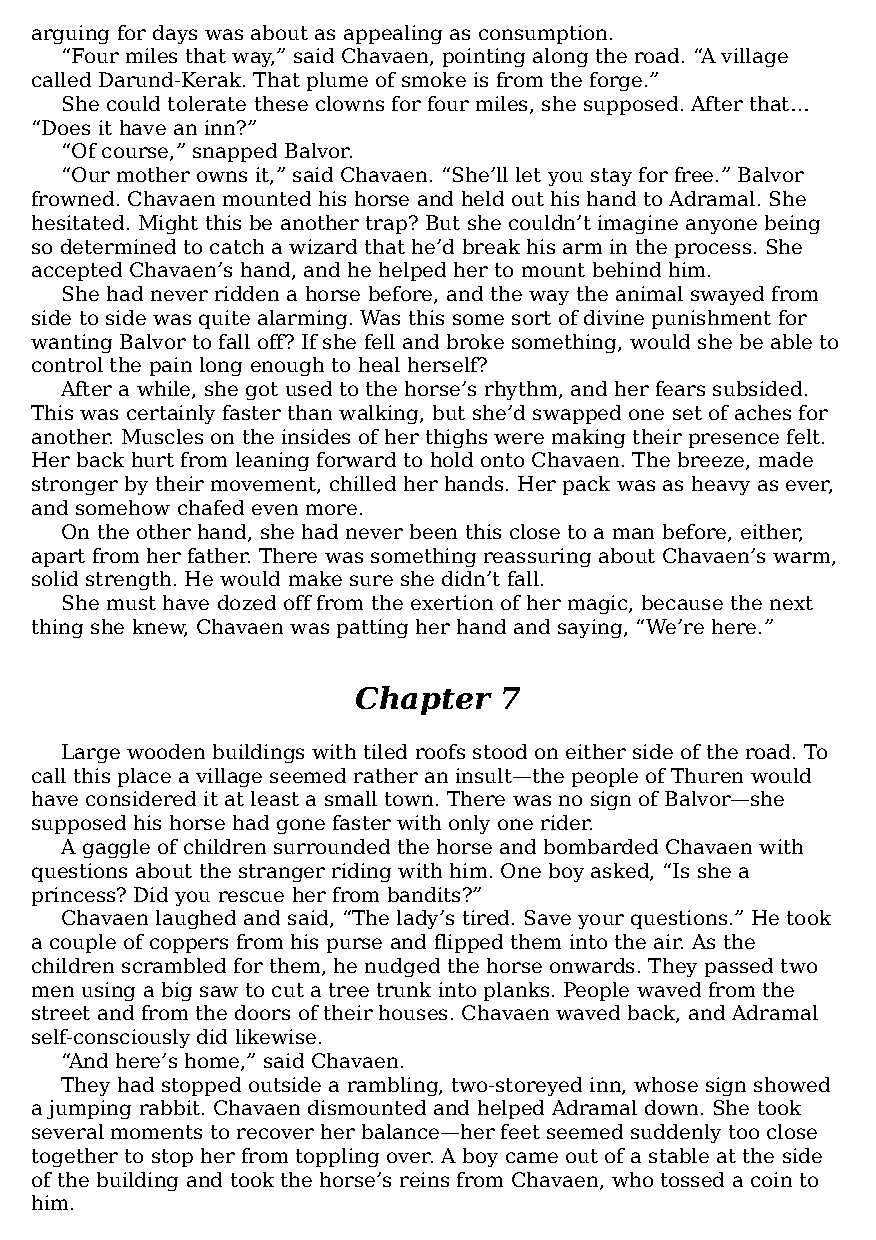
arguing for days was about as appealing as consumption.
 “Four miles that way,” said Chavaen, pointing along the road. “A village
 called Darund-Kerak. That plume of smoke is from the forge.”
 She could tolerate these clowns for four miles, she supposed. After that…
 “Does it have an inn?”
 “Of course,” snapped Balvor.
 “Our mother owns it,” said Chavaen. “She’ll let you stay for free.” Balvor
 frowned. Chavaen mounted his horse and held out his hand to Adramal. She
 hesitated. Might this be another trap? But she couldn’t imagine anyone being
 so determined to catch a wizard that he’d break his arm in the process. She
 accepted Chavaen’s hand, and he helped her to mount behind him.
 She had never ridden a horse before, and the way the animal swayed from
 side to side was quite alarming. Was this some sort of divine punishment for
 wanting Balvor to fall off? If she fell and broke something, would she be able to
 control the pain long enough to heal herself?
 After a while, she got used to the horse’s rhythm, and her fears subsided.
 This was certainly faster than walking, but she’d swapped one set of aches for
 another. Muscles on the insides of her thighs were making their presence felt.
 Her back hurt from leaning forward to hold onto Chavaen. The breeze, made
 stronger by their movement, chilled her hands. Her pack was as heavy as ever,
 and somehow chafed even more.
 On the other hand, she had never been this close to a man before, either,
 apart from her father. There was something reassuring about Chavaen’s warm,
 solid strength. He would make sure she didn’t fall.
 She must have dozed off from the exertion of her magic, because the next
 thing she knew, Chavaen was patting her hand and saying, “We’re here.”
 Chapter   7
 Large wooden buildings with tiled roofs stood on either side of the road. To
 call this place a village seemed rather an insult—​the people of Thuren would
 have considered it at least a small town. There was no sign of Balvor—​she
 supposed his horse had gone faster with only one rider.
 A gaggle of children surrounded the horse and bombarded Chavaen with
 questions about the stranger riding with him. One boy asked, “Is she a
 princess? Did you rescue her from bandits?”
 Chavaen laughed and said, “The lady’s tired. Save your questions.” He took
 a couple of coppers from his purse and flipped them into the air. As the
 children scrambled for them, he nudged the horse onwards. They passed two
 men using a big saw to cut a tree trunk into planks. People waved from the
 street and from the doors of their houses. Chavaen waved back, and Adramal
 self-consciously did likewise.
 “And here’s home,” said Chavaen.
 They had stopped outside a rambling, two-storeyed inn, whose sign showed
 a jumping rabbit. Chavaen dismounted and helped Adramal down. She took
 several moments to recover her balance—​her feet seemed suddenly too close
 together to stop her from toppling over. A boy came out of a stable at the side
 of the building and took the horse’s reins from Chavaen, who tossed a coin to
 him.